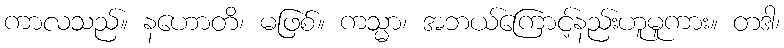
ကာလသည်။ နဟောတိ၊ မဖြစ်။ ကသ္မာ၊ အဘယ်ကြောင့်နည်းဟူမူကား။ တဒါ၊